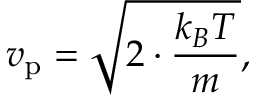
v _ { \mathrm { p } } = { \sqrt { 2 \cdot { \frac { k _ { B } T } { m } } } } ,